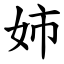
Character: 姉